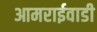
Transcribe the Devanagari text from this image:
आमराईवाडी